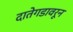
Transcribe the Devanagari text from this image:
दातेगडावरून